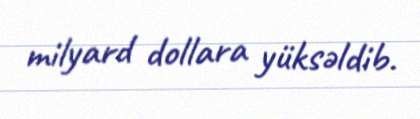
milyard dollara yüksəldib.